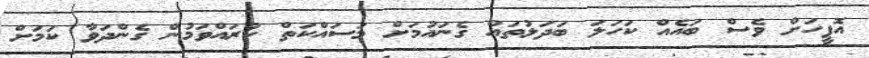
އޮފީހަށް ވެސް ބައެއް ކަހަލަ ބަދަލުތައް ގެނައުމަށް މަސައްކަތް ކުރައްވަމުން ގެންދަވާ ކަމަށް